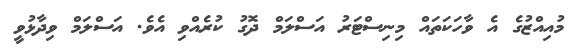
މުއިއްޒުގެ އެ ވާހަކަތައް މިނިސްޓަރު އަސްލަމް ދޮގު ކުރެއްވި އެވެ. އަސްލަމް ވިދާޅުވީ